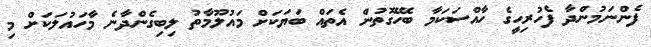
ފެންނަމުންދާ ފެހުރިހީގެ ހާއްސަކަމާ ބެހޭގޮތުން އެތައް ބަޔަކަށް މައުލޫމާތު ލިބިގެންދާނެ މާހައުލަކަށް މި